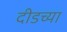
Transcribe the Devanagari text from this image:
दीडच्या